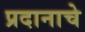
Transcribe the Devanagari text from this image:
प्रदानाचे